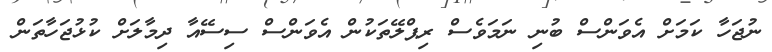
ނުޖަހާ ކަމަށް އެވަންސް ބުނި ނަމަވެސް ރިޕްލޭތަކުން އެވަންސް ސިސޭއާ ދިމާލަށް ކުޅުޖަހާތަން